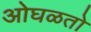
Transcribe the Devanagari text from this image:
ओघळतो